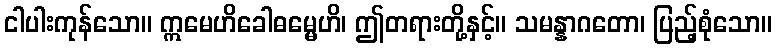
ငါပါးကုန်သော။ ဣမေဟိခေါဓမ္မေဟိ၊ ဤတရားတို့နှင့်။ သမန္နာဂတော၊ ပြည့်စုံသော။